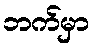
ဘက်မှာ